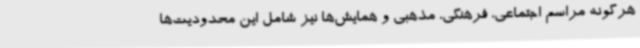
هرگونه مراسم اجتماعی، فرهنگی، مذهبی و همایش‌ها نیز شامل این محدودیت‌ها